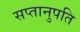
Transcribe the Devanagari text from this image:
सप्तानुपति